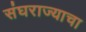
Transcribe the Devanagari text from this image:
संघराज्याचा